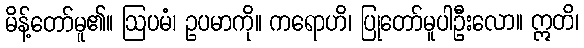
မိန့်တော်မူ၏။ ဩပမံ၊ ဥပမာကို။ ကရောဟိ၊ ပြုတော်မူပါဦးလော။ ဣတိ၊